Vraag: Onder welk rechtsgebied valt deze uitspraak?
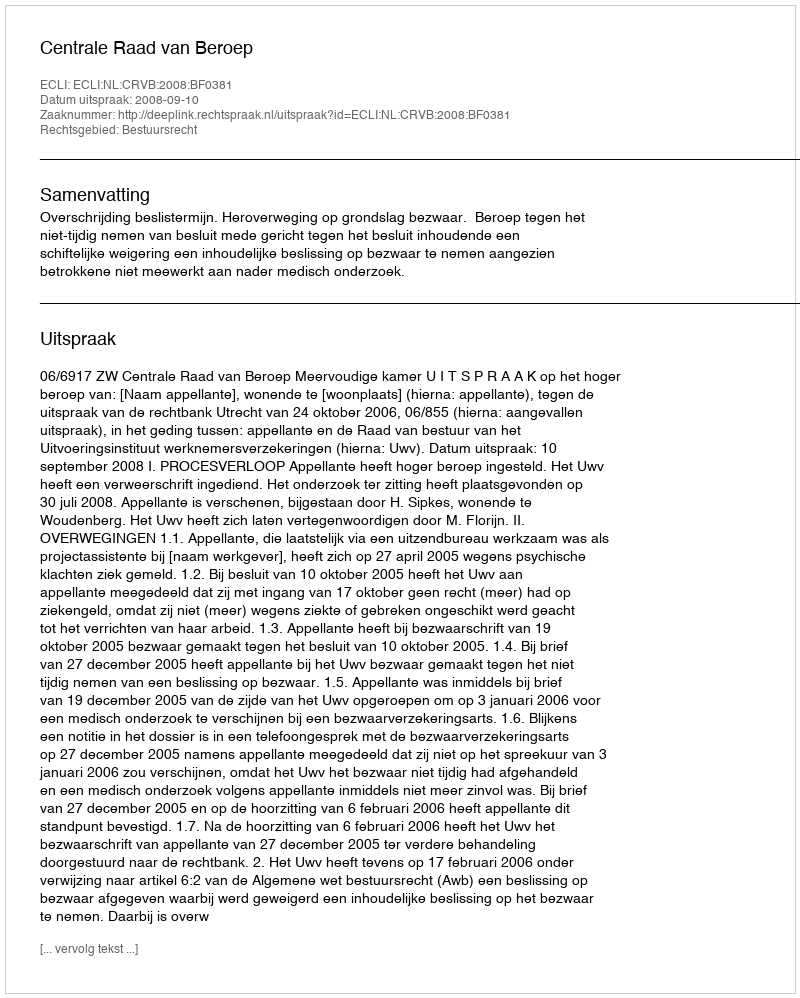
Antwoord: Bestuursrecht